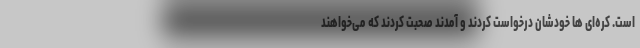
است. کره‌ای ها خودشان درخواست کردند و آمدند صحبت کردند که می‌خواهند